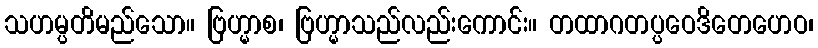
သဟမ္ပတိမည်သော။ ဗြဟ္မာစ၊ ဗြဟ္မာသည်လည်းကောင်း။ တထာဂတပ္ပဝေဒိတေဟေဝ၊